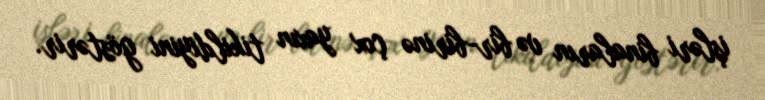
işləri binaların və bir-birinə çox yaxın tikildiyini göstərir.